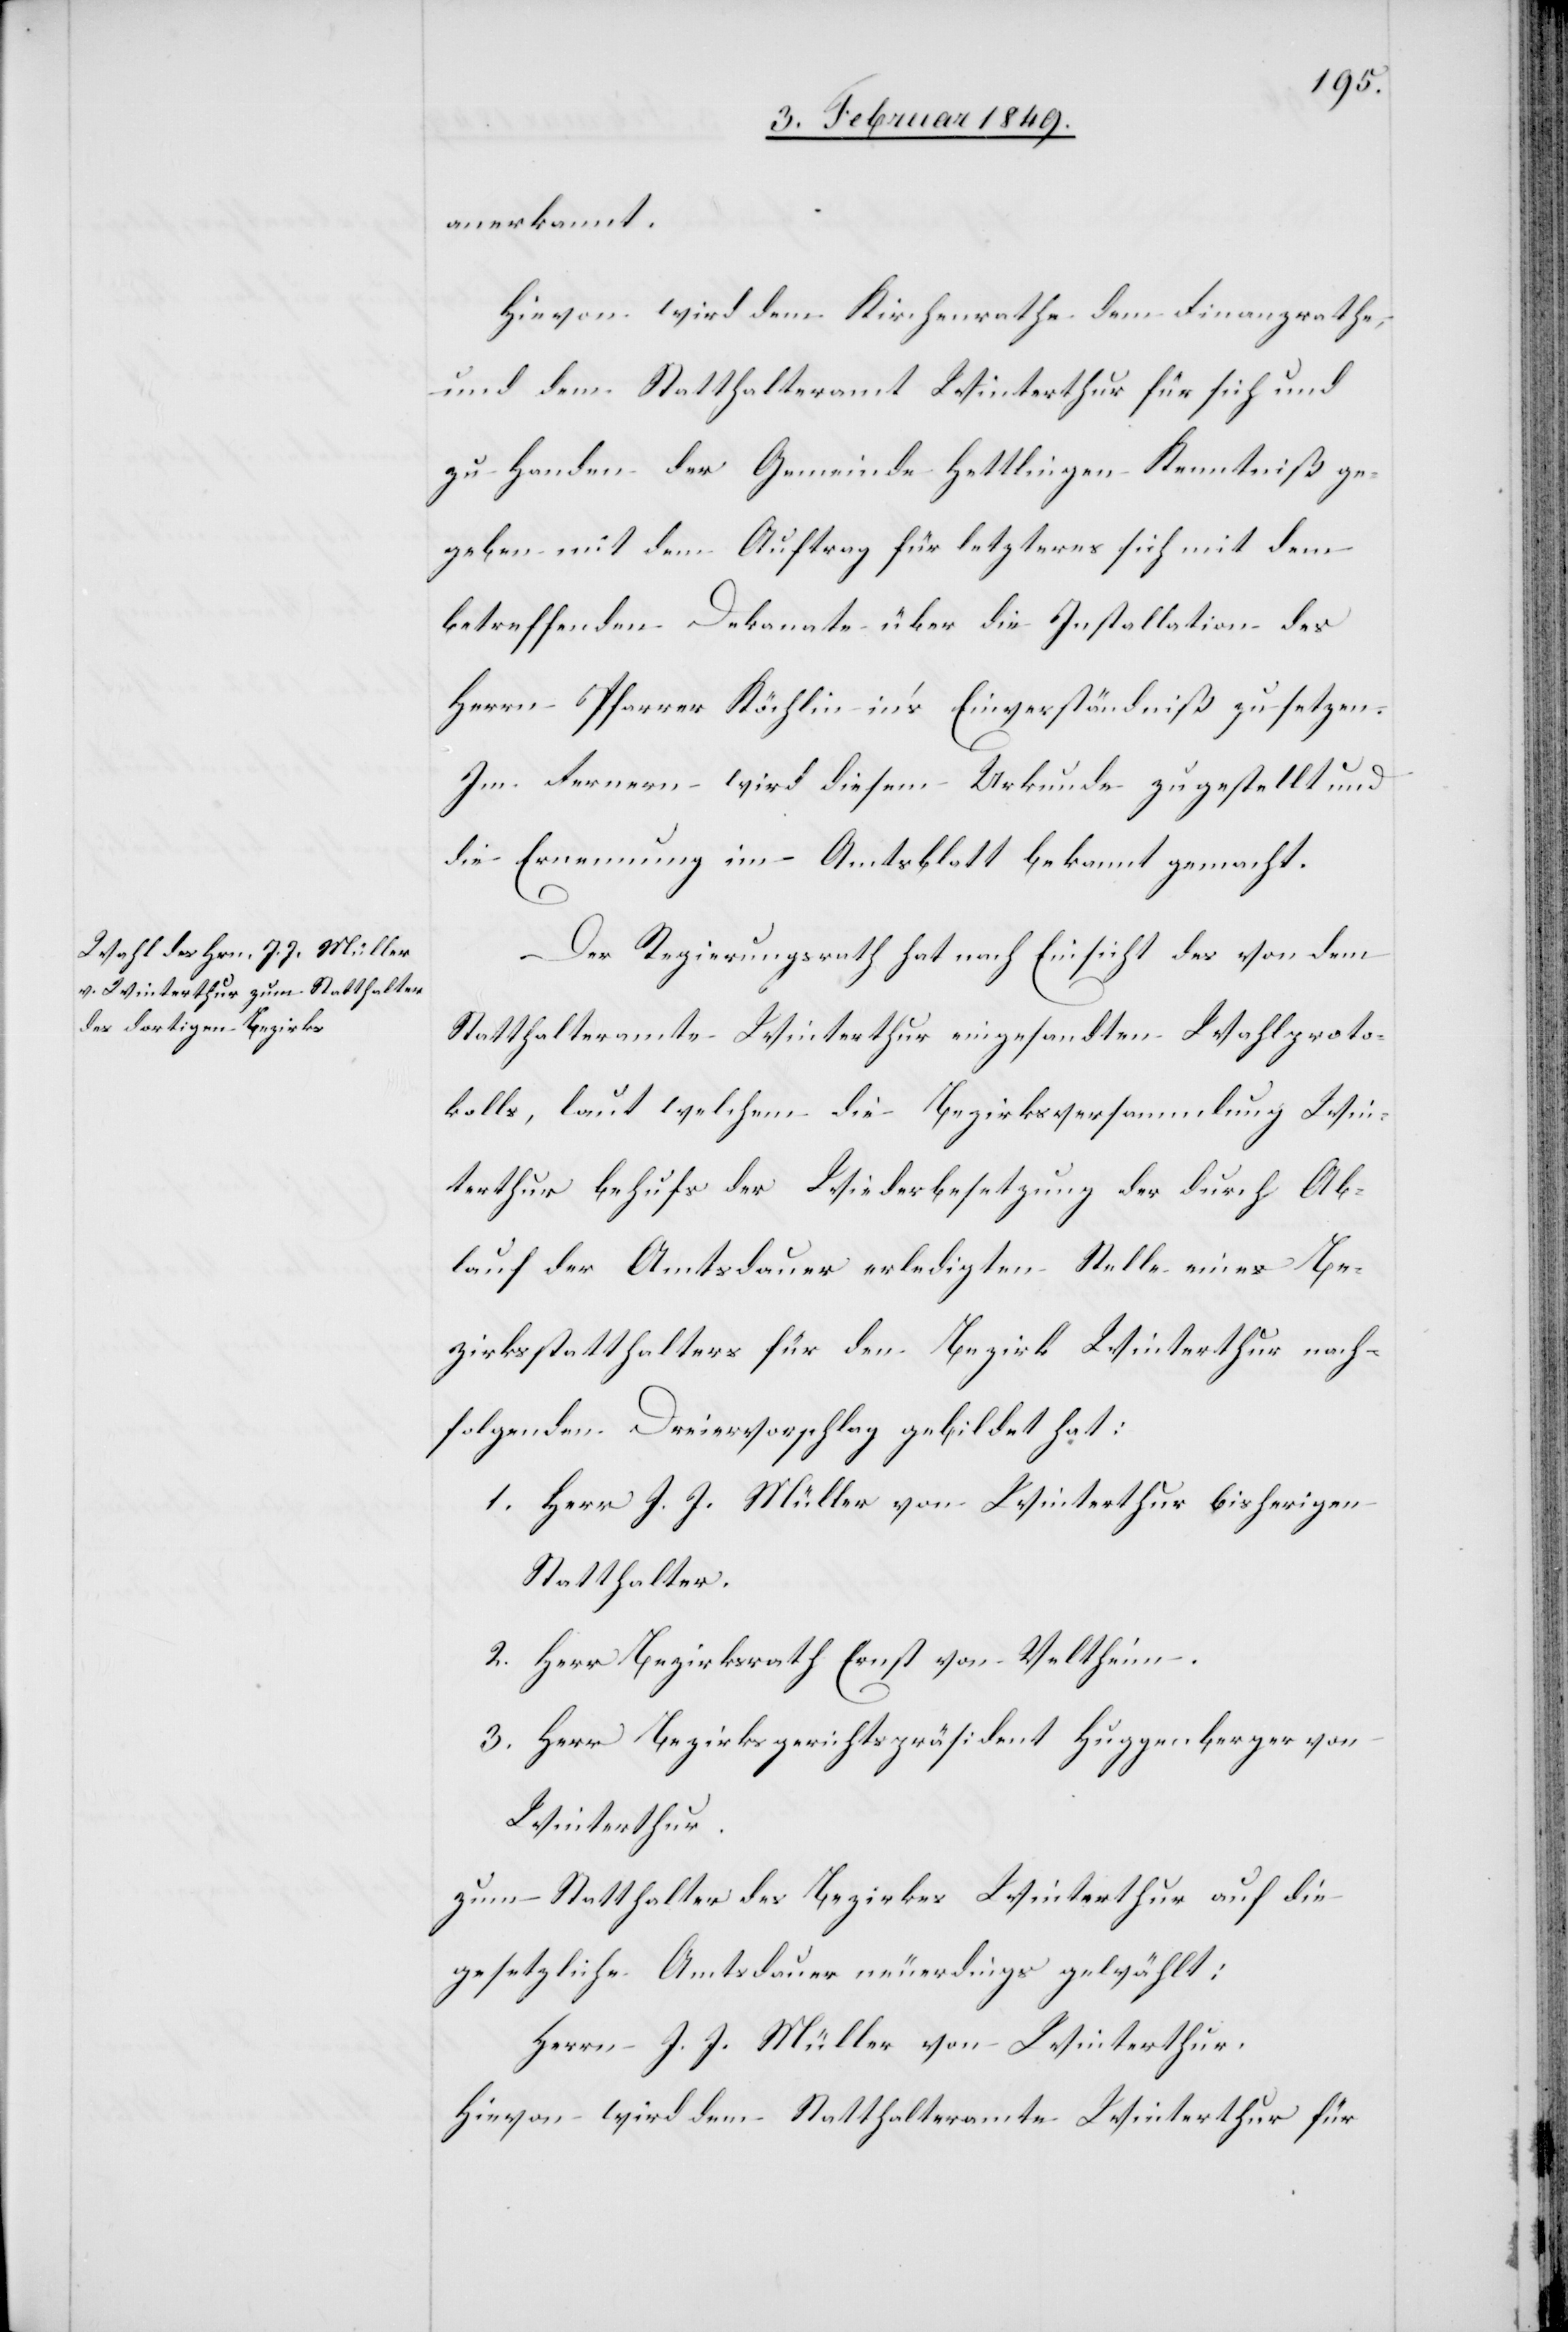
anerkannt.
Hievon wird dem Kirchenrathe dem Finanzrathe,
und dem Statthalteramt Winterthur für sich und
zu Handen der Gemeinde Hettlingen Kenntniß ge¬
geben mit dem Auftrag für letzteres sich mit dem
betreffenden Dekanate über die Installation des
Herrn Pfarrer Köchlin in’s Einverständniß zu setzen.
Im Fernern wird diesem Urkunde zugestellt und
die Ernennung im Amtsblatt bekannt gemacht.
Der Regierungsrath hat nach Einsicht des von dem
Statthalteramte Winterthur eingesandten Wahlproto¬
kolls, laut welchem die Bezirksversammlung Win¬
terthur behufs der Wiederbesetzung der durch Ab¬
lauf der Amtsdauer erledigten Stelle eines Be¬
zirksstatthalters für den Bezirk Winterthur nach¬
folgenden Dreiervorschlag gebildet hat:
1. Herr J. J. Müller von Winterthur bisherigen
Statthalter.
2. Herr Bezirksrath Ernst von Veltheim.
3. Herr Bezirksgerichtspräsident Huggenberger von
Winterthur.
zum Statthalter des Bezirkes Winterthur auf die
gesetzliche Amtsdauer neuerdings gewählt:
Herrn J. J. Müller von Winterthur.
Hievon wird dem Statthalteramte Winterthur für